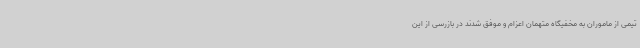
تیمی از ماموران به مخفیگاه متهمان اعزام و موفق شدند در بازرسی از این